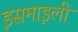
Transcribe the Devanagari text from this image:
इसमाइली